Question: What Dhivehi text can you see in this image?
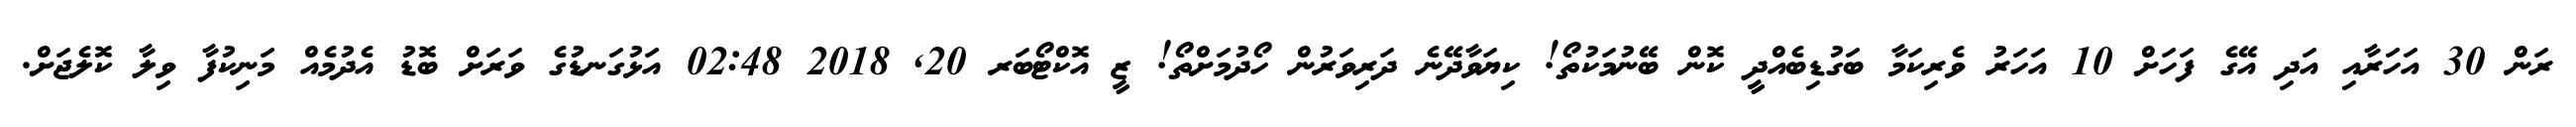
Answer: ރަން 30 އަހަރާއި އަދި އޭގެ ފަހަށް 10 އަހަރު ވެރިކަމާ ބަގުޑިބެއްދީ ކޮން ބޭނުމަކުތޯ! ކިޔަވާދޭނެ ދަރިވަރުން ހޯދުމަށްތޯ! ޒީ އޮކްޓޯބަރ 20, 2018 02:48 އަޅުގަނޑުގެ ވަރަށް ބޮޑު އެދުމެއް މަނިކުފާ ވިލާ ކޮލެޖަށް.